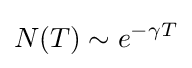
N(T)\sim e^{-\gamma T}